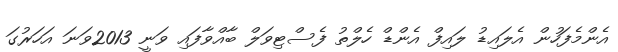
އެންމެފަހުން އެލައިޑު ލައިފް އެންޑް ހެލްތު ފެސްޓިވަލް ބާއްވާފައި ވަނީ 2013ވަނަ އަހަރުގަ